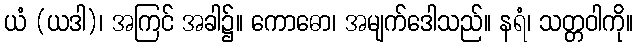
ယံ (ယဒါ)၊ အကြင် အခါ၌။ ကောဓော၊ အမျက်ဒေါသည်။ နရံ၊ သတ္တဝါကို။